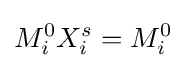
M_{i}^{0}X_{i}^{s}=M_{i}^{0}